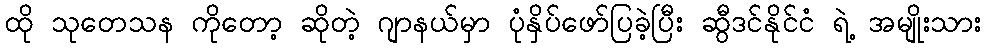
ထို သုတေသန ကိုတော့ ဆိုတဲ့ ဂျာနယ်မှာ ပုံနှိပ်ဖော်ပြခဲ့ပြီး ဆွီဒင်နိုင်ငံ ရဲ့ အမျိုးသား